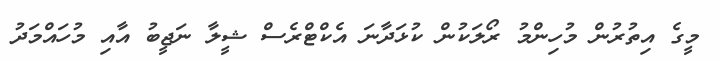
މީގެ އިތުރުން މުހިންމު ރޯލަކުން ކުޅަދާނަ އެކްޓްރެސް ޝީލާ ނަޖީބު އާއި މުހައްމަދު